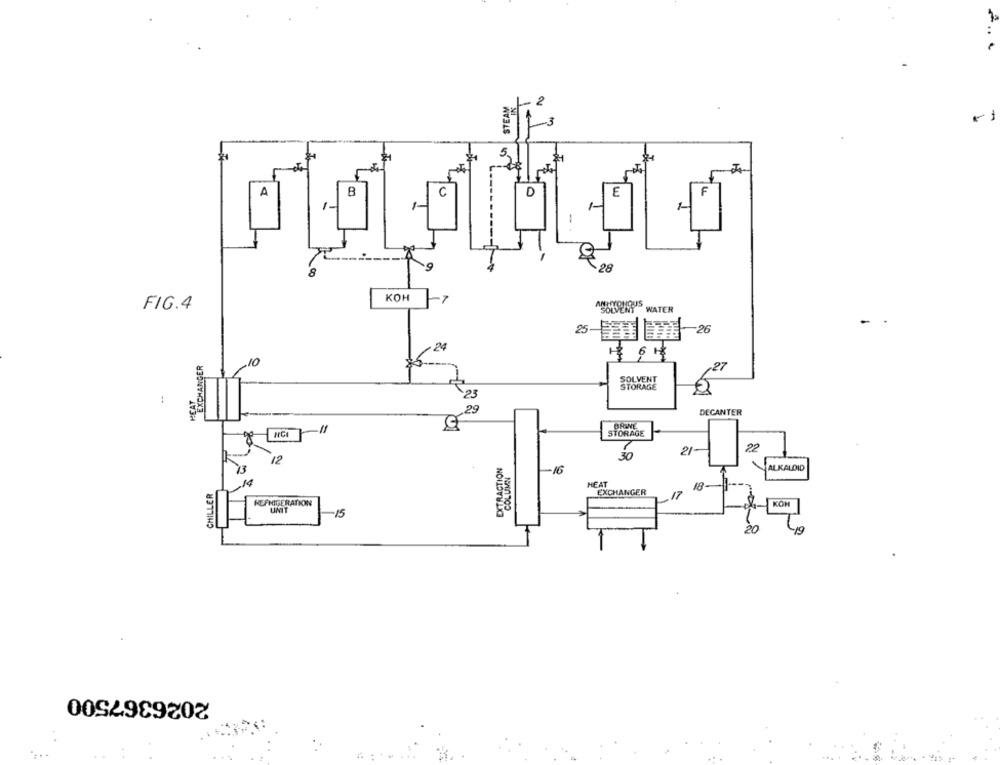
STEAM
2
3
5
A
B
D
E
F
C
1-
1-
1-
20
KOH
-7
FIG.4
WATER
SOLVENT
-
25
-26
24
EXCHANGER
SOLVENT
STORAGE
HEAT
23
29
DECANTER
STORAGE
21-
22
12
EXTRACTION
30
ALKALOID
COLUMN
-16
,14
CHILLER
HEAT
18
EXCHANGER
.17
REFRIGERATION
KOM
UMIT
-15
20
-19
2026367500
....